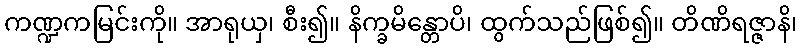
ကဏ္ဍကမြင်းကို။ အာရုယှ၊ စီး၍။ နိက္ခမိန္တောပိ၊ ထွက်သည်ဖြစ်၍။ တိဏိရဇ္ဇာနိ၊